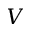
V